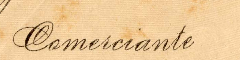
Comericiante